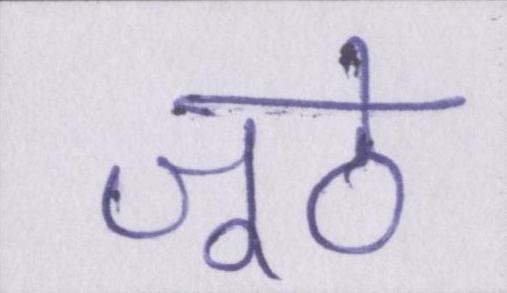
जूठे